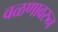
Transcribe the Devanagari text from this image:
वळणावरुन